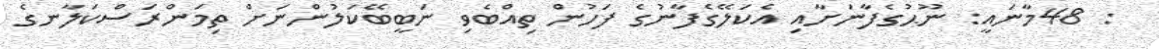
: 48މާނައީ: ނޫޙުގެފާނަށާއި އެކަލޭގެފާނުގެ ފަހުން ތިއްބެވި ނަބީބޭކަލުންނަށް ތިމަންރަސްކަލާނގެ